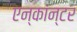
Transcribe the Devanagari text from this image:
एन्कांन्टर